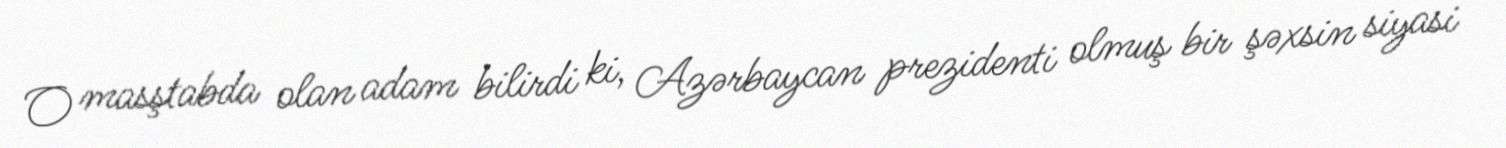
O masştabda olan adam bilirdi ki, Azərbaycan prezidenti olmuş bir şəxsin siyasi